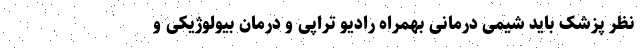
نظر پزشک باید شیمی درمانی بهمراه رادیو تراپی و درمان بیولوژیکی و